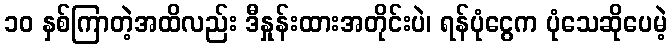
၁၀ နှစ်ကြာတဲ့အထိလည်း ဒီနှုန်းထားအတိုင်းပဲ၊ ရန်ပုံငွေက ပုံသေဆိုပေမဲ့